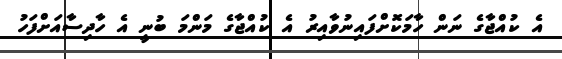
އެ ކުއްޖާގެ ނަން ހާމަކޮށްފައިނުވާއިރު އެ ކުއްޖާގެ މަންމަ ބުނީ އެ ހާދިސާއަށްފަހު